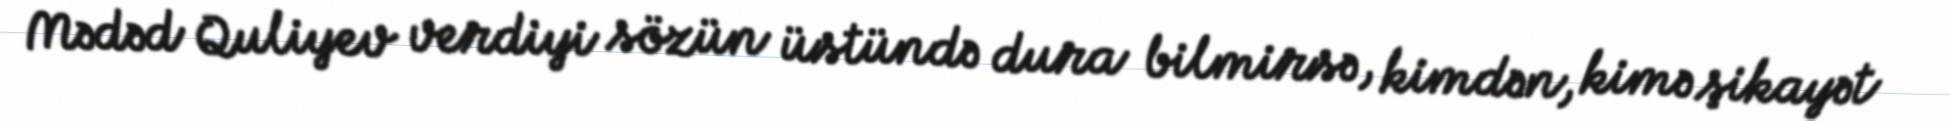
Mədəd Quliyev verdiyi sözün üstündə dura bilmirsə, kimdən, kimə şikayət